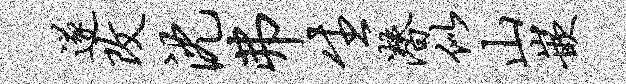
遂改沈弗生潜似山嵌